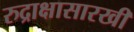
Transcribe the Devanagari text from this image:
रुद्राक्षासारखी